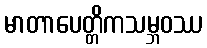
မာတာပေတ္တိကသမ္ဘဝဿ